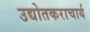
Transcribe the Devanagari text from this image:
उद्योतकराचार्य